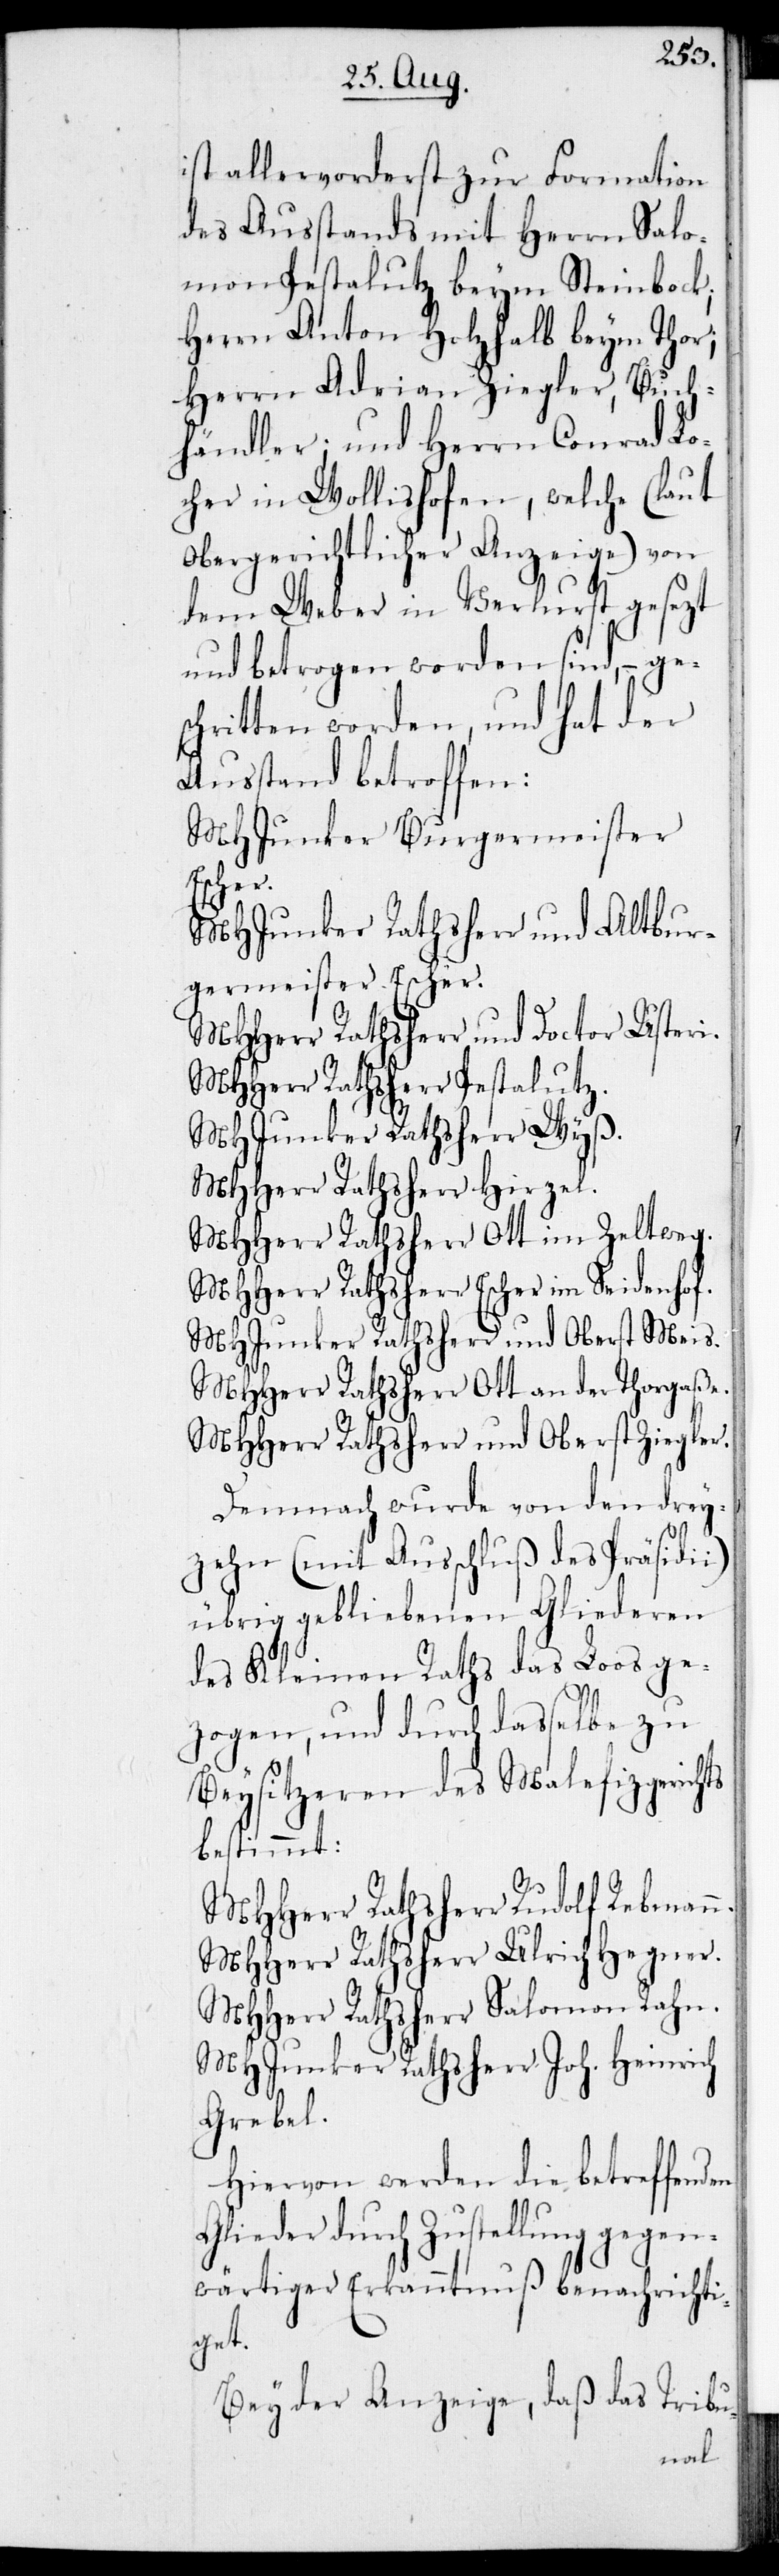
ist allervorderst zur Formation
des Ausstands mit Herrn Salo¬
mon Pestalutz beym Steinbock;
Herrn Anton Holzhalb beym Thor;
Herrn Adrian Ziegler, Buch¬
händler; und Herrn Conrad Lo¬
cher in Wollishofen, welche (laut
Obergerichtlicher Anzeige) von
dem Weber in Verlurst gesezt
und betrogen worden sind, – ge¬
schritten worden, und hat der
Ausstand betroffen:
MHJunker Burgermeister
Escher.
MHJunker Rathsherr und Altbur¬
germeister Escher.
MHHerr Rathsherr und Doctor Usteri.
MHHerr Rathsherr Pestalutz .
MHJunker Rathsherr Wyß.
MHHerr Rathsherr Hirzel.
MHHerr Rathsherr Ott im Zeltwerg.
MHHerr Rathsherr Escher im Seidenhof.
MHJunker Rathsherr und Oberst Meis.
MHHerr Rathsherr Ott an der Thorgaße.
MHHerr Rathsherr und Oberst Ziegler.
Demnach wurde von den drey¬
zehn (mit Außchluß des Präsidii)
übrig gebliebenen Gliederen
des Kleinen Raths das Loos ge¬
zogen, und durch daßelbe zu
Beysitzeren des Malefizgerichts
bestimmt:
MHHerr Rathsherr Rudolf Rebmann.
MHHerr Rathsherr Ulrich Hegner.
MHHerr Rathsherr Salomon Rahn.
MHJunker Rathsherr Joh. Heinrich
Grebel.
Hiervon werden die betreffenden
Glieder durch Zustellung gegen¬
wärtiger Erkanntnuß benachrichti¬
get.
Bey der Anzeige, daß das Tribu-